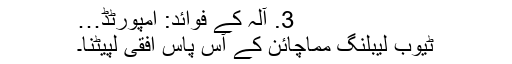
3. آلہ کے فوائد: امپورٹڈ…
ٹیوب لیبلنگ مماچائن کے آس پاس افقی لپیٹنا۔